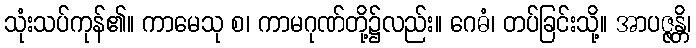
သုံးသပ်ကုန်၏။ ကာမေသု စ၊ ကာမဂုဏ်တို့၌လည်း။ ဂေဓံ၊ တပ်ခြင်းသို့။ အာပဇ္ဇန္တိ၊